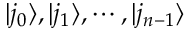
| j _ { 0 } \rangle , | j _ { 1 } \rangle , \cdots , | j _ { n - 1 } \rangle